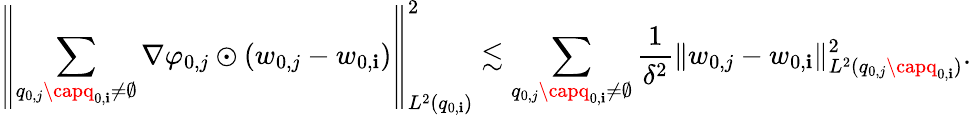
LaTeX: \left\| \sum_{q_{0,j}\capq_{0,\mathbf{i}}\neq\emptyset}\nabla\varphi_{0,j}\odot(w_{0,j}-w_{0,\mathbf{i}})\right\| _{L^{2}(q_{0,\mathbf{i}})}^{2}\lesssim\sum_{q_{0,j}\capq_{0,\mathbf{i}}\neq\emptyset}\frac{{1}}{{\delta^{2}}}\| w_{0,j}-w_{0,\mathbf{i}}\| _{L^{2}(q_{0,j}\capq_{0,\mathbf{i}})}^{2}.